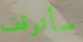
سأتوقف